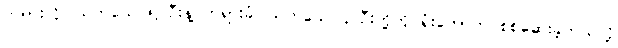
တရားလိုပြသက်သေ ၅ ဦးနဲ့ တရားခံပြသက်သေ ၄ ဦးတို့ကို ရုံးတော်က စစ်ဆေးခဲ့တယ်လို့